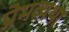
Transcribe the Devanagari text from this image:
प्रेमव्यथा